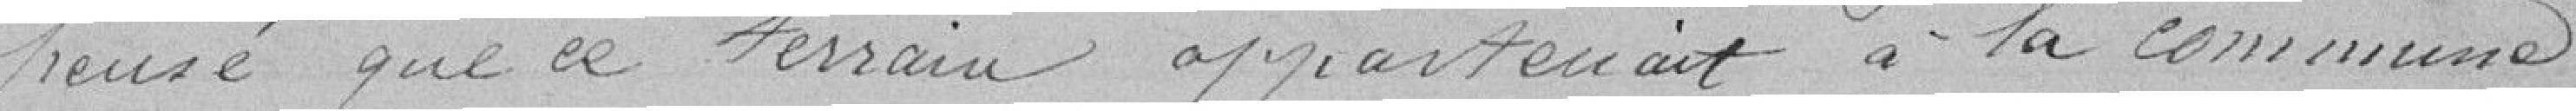
pensé que ce terrain appartient à la commune;